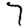
Digit: 7